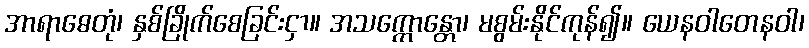
အာရာဓေတုံ၊ နှစ်ခြိုက်စေခြင်းငှာ။ အသက္ကောန္တော၊ မစွမ်းနိုင်ကုန်၍။ ယေနဝါတေနဝါ၊